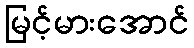
မြင့်မားအောင်